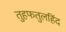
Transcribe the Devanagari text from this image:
तुहफतुलहिंद